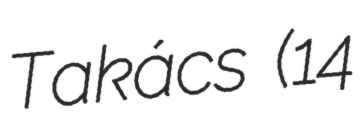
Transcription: Takács (14